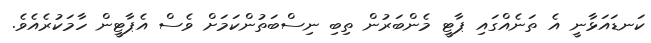
ކަނޑައަޅާނީ އެ ތަނެއްގައި ޕާޓީ މެންބަރުން ތިބި ނިސްބަތުންކަމަށް ވެސް އެޕާޓީން ހާމަކުރެއެވެ.